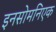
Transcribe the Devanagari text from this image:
इनसोमनिएक